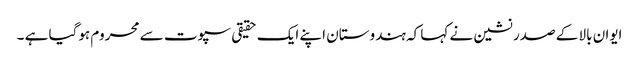
ایوان بالا کے صدر نشین نے کہا کہ ہندوستان اپنے ایک حقیقی سپوت سے محروم ہوگیا ہے ۔